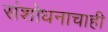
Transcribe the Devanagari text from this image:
संशोधनाचाही